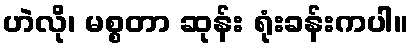
ဟဲလို၊ မစ္စတာ ဆုန်း ရုံးခန်းကပါ။